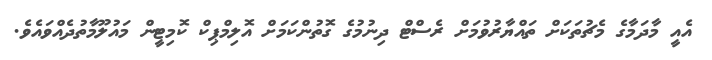
އެއީ މާދަމާގެ މެޗުތަކަށް ތައްޔާރުވުމަށް ރެސްޓް ދިނުމުގެ ގޮތުންކަމަށް އޮލިމްޕިކް ކޮމިޓީން މައުލޫމާތުދެއްވައެވެ.